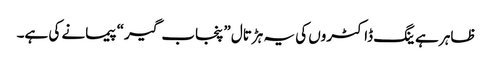
ظاہر ہے ینگ ڈاکٹروں کی یہ ہڑتال ”پنجاب گیر“ پیمانے کی ہے۔